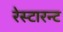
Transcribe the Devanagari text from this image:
रेस्टारन्ट